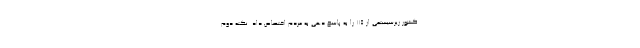
کشور زیرسیستمی از ١١۵ را به پاسخ دهی به مردم اختصاص داد. نکته دوم